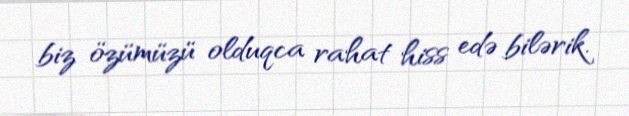
biz özümüzü olduqca rahat hiss edə bilərik.